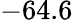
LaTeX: -64.6